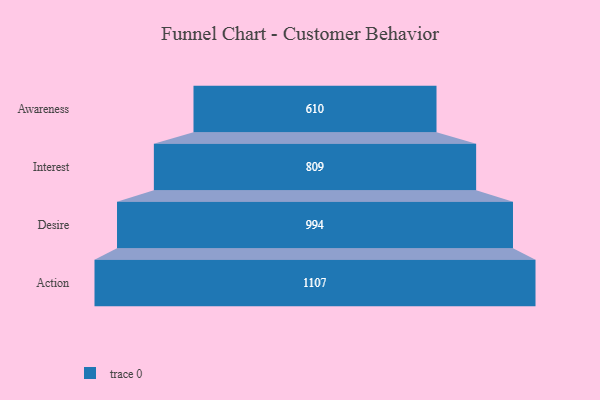
{"axis": {"x": "Stage", "y": "Value"}, "legend": [""], "data": [{"x": "Awareness", "y": 610.0, "type": ""}, {"x": "Interest", "y": 809.0, "type": ""}, {"x": "Desire", "y": 994.0, "type": ""}, {"x": "Action", "y": 1107.0, "type": ""}]}